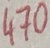
Text: 470